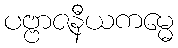
ပဗ္ဗာဇနီယကမ္မေ